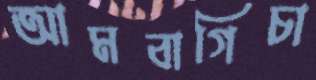
আমবাগিচা